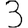
Digit: 3